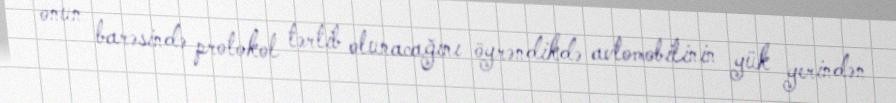
onun barəsində protokol tərtib olunacağını öyrəndikdə avtomobilinin yük yerindən